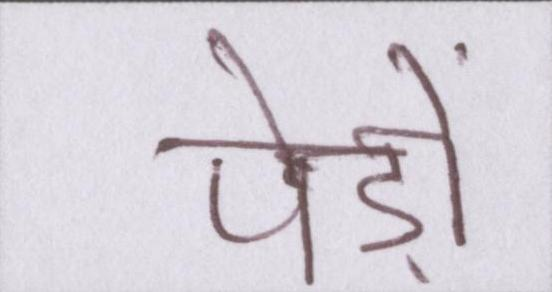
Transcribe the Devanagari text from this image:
पेड़ों